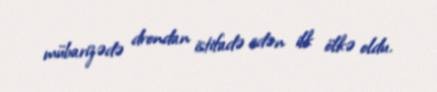
mübarizədə drondan istifadə edən ilk ölkə oldu.